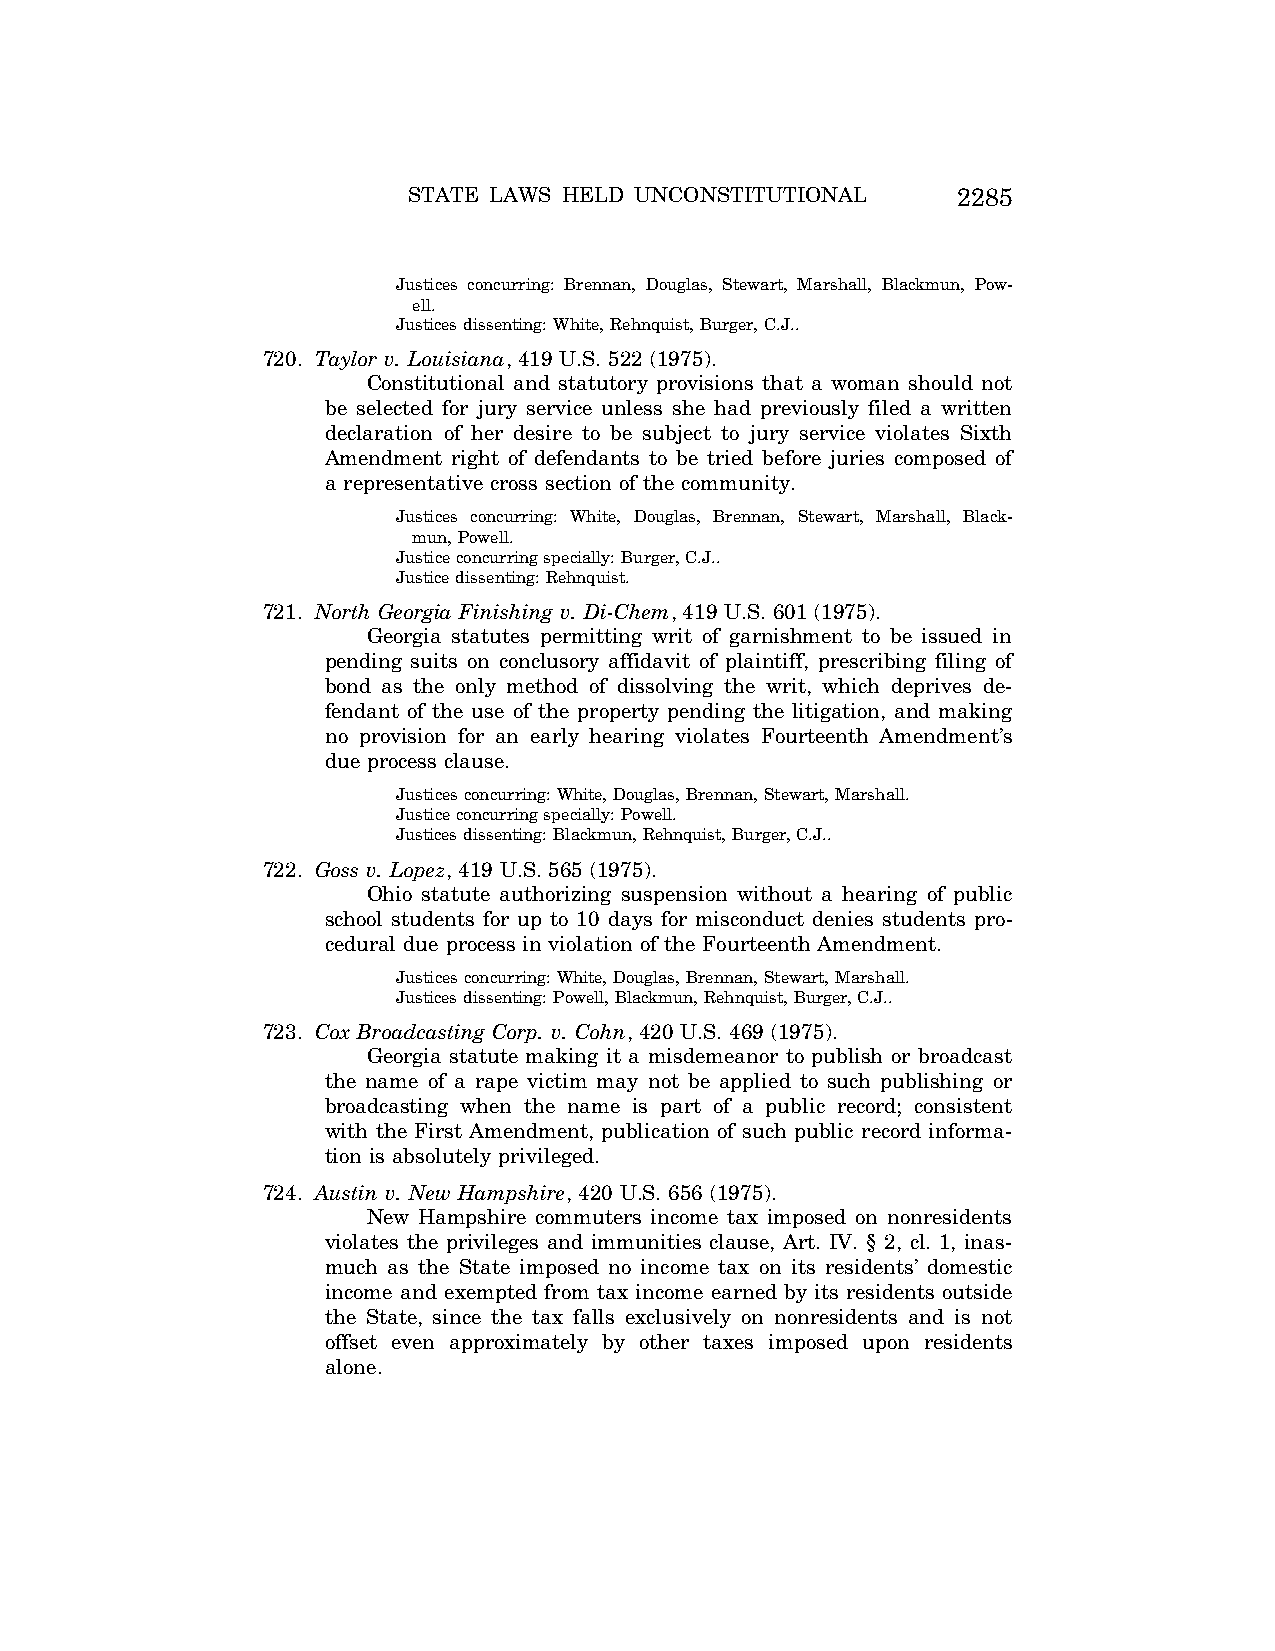
STATE LAWS HELD UNCONSTITUTIONAL    2285
 Justices concurring: Brennan, Douglas, Stewart, Marshall, Blackmun, Pow-
 ell.
 Justices dissenting: White, Rehnquist, Burger, C.J..
 720. Taylor v. Louisiana, 419 U.S. 522 (1975).
 Constitutional and statutory provisions that a woman should not
 be selected for jury service unless she had previously filed a written
 declaration of her desire to be subject to jury service violates Sixth
 Amendment right of defendants to be tried before juries composed of
 a representative cross section of the community.
 Justices concurring: White, Douglas, Brennan, Stewart, Marshall, Black-
 mun, Powell.
 Justice concurring specially: Burger, C.J..
 Justice dissenting: Rehnquist.
 721. North Georgia Finishing v. Di-Chem, 419 U.S. 601 (1975).
 Georgia statutes permitting writ of garnishment to be issued in
 pending suits on conclusory affidavit of plaintiff, prescribing filing of
 bond as the only method of dissolving the writ, which deprives de-
 fendant of the use of the property pending the litigation, and making
 no provision for an early hearing violates Fourteenth Amendment’s
 due process clause.
 Justices concurring: White, Douglas, Brennan, Stewart, Marshall.
 Justice concurring specially: Powell.
 Justices dissenting: Blackmun, Rehnquist, Burger, C.J..
 722. Goss v. Lopez, 419 U.S. 565 (1975).
 Ohio statute authorizing suspension without a hearing of public
 school students for up to 10 days for misconduct denies students pro-
 cedural due process in violation of the Fourteenth Amendment.
 Justices concurring: White, Douglas, Brennan, Stewart, Marshall.
 Justices dissenting: Powell, Blackmun, Rehnquist, Burger, C.J..
 723. Cox Broadcasting Corp. v. Cohn, 420 U.S. 469 (1975).
 Georgia statute making it a misdemeanor to publish or broadcast
 the name of a rape victim may not be applied to such publishing or
 broadcasting when the name is part of a public record; consistent
 with the First Amendment, publication of such public record informa-
 tion is absolutely privileged.
 724. Austin v. New Hampshire, 420 U.S. 656 (1975).
 New Hampshire commuters income tax imposed on nonresidents
 violates the privileges and immunities clause, Art. IV. § 2, cl. 1, inas-
 much as the State imposed no income tax on its residents’ domestic
 income and exempted from tax income earned by its residents outside
 the State, since the tax falls exclusively on nonresidents and is not
 offset even approximately by other taxes imposed upon residents
 alone.
 VerDate Aug<04>2004 12:57 Aug 23, 2004 Jkt 077500 PO 00000 Frm 00125 Fmt 8222 Sfmt 8222 C:\CONAN\CON064.SGM PRFM99 PsN: CON064